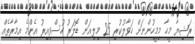
ރަޝިޔާ މީހާ މިމީހުންނަށް ހަވާލުކުރި 25 މިލިއަން ޑޮލަރު ހުސްވިއިރު އެންމެ އިމާރާތެއް